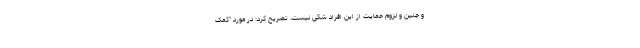
و جنین و لزوم حمایت از این افراد شکی نیست، تصریح کرد: در مورد "کمک